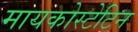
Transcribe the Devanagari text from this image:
मायकोस्टेटिन